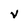
Character: V